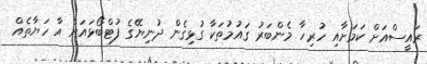
ރައީސްއަށް ކަމަށާއި ހުރިހާ މެންބަރު ގައުމުތަކާ ގުޅިގެން ދުނިޔޭގެ ފުޓްބޯޅައަށް އާ ހަޔާތެއް